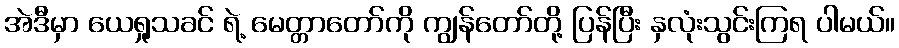
အဲဒီမှာ ယေရှုသခင် ရဲ့ မေတ္တာတော်ကို ကျွန်တော်တို့ ပြန်ပြီး နှလုံးသွင်းကြရ ပါမယ်။